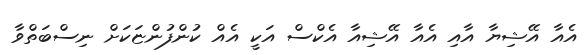
އެއާ އޭޝިޔާ އާއި އެއާ އޭޝިއާ އެކްސް އަކީ އެއް ކުންފުންޏަކަށް ނިސްބަތްވާ